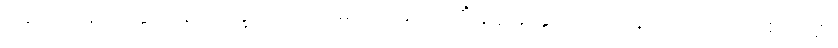
ဝိသေသံ နိဗ္ဗတ္တေတုံ နာသက္ခိ။ ကေဝလမဿ အာယတိံ နိဗ္ဗာနတ္ထာယ ဝါသနာဘာဂိယာယ စ သဗ္ဗာ